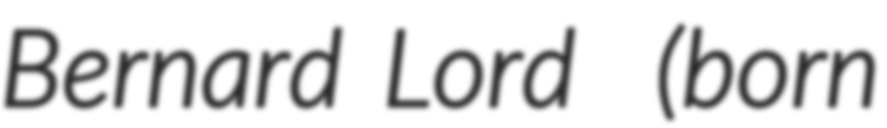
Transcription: Bernard Lord  (born